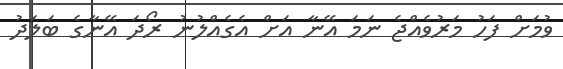
ވުމަށް ފަހު މަރުވެއްޖެ ނަމަ އޭނާ އަށް އެގެއްލުނު ރޯދަ އޭނާގެ ބަލަދު